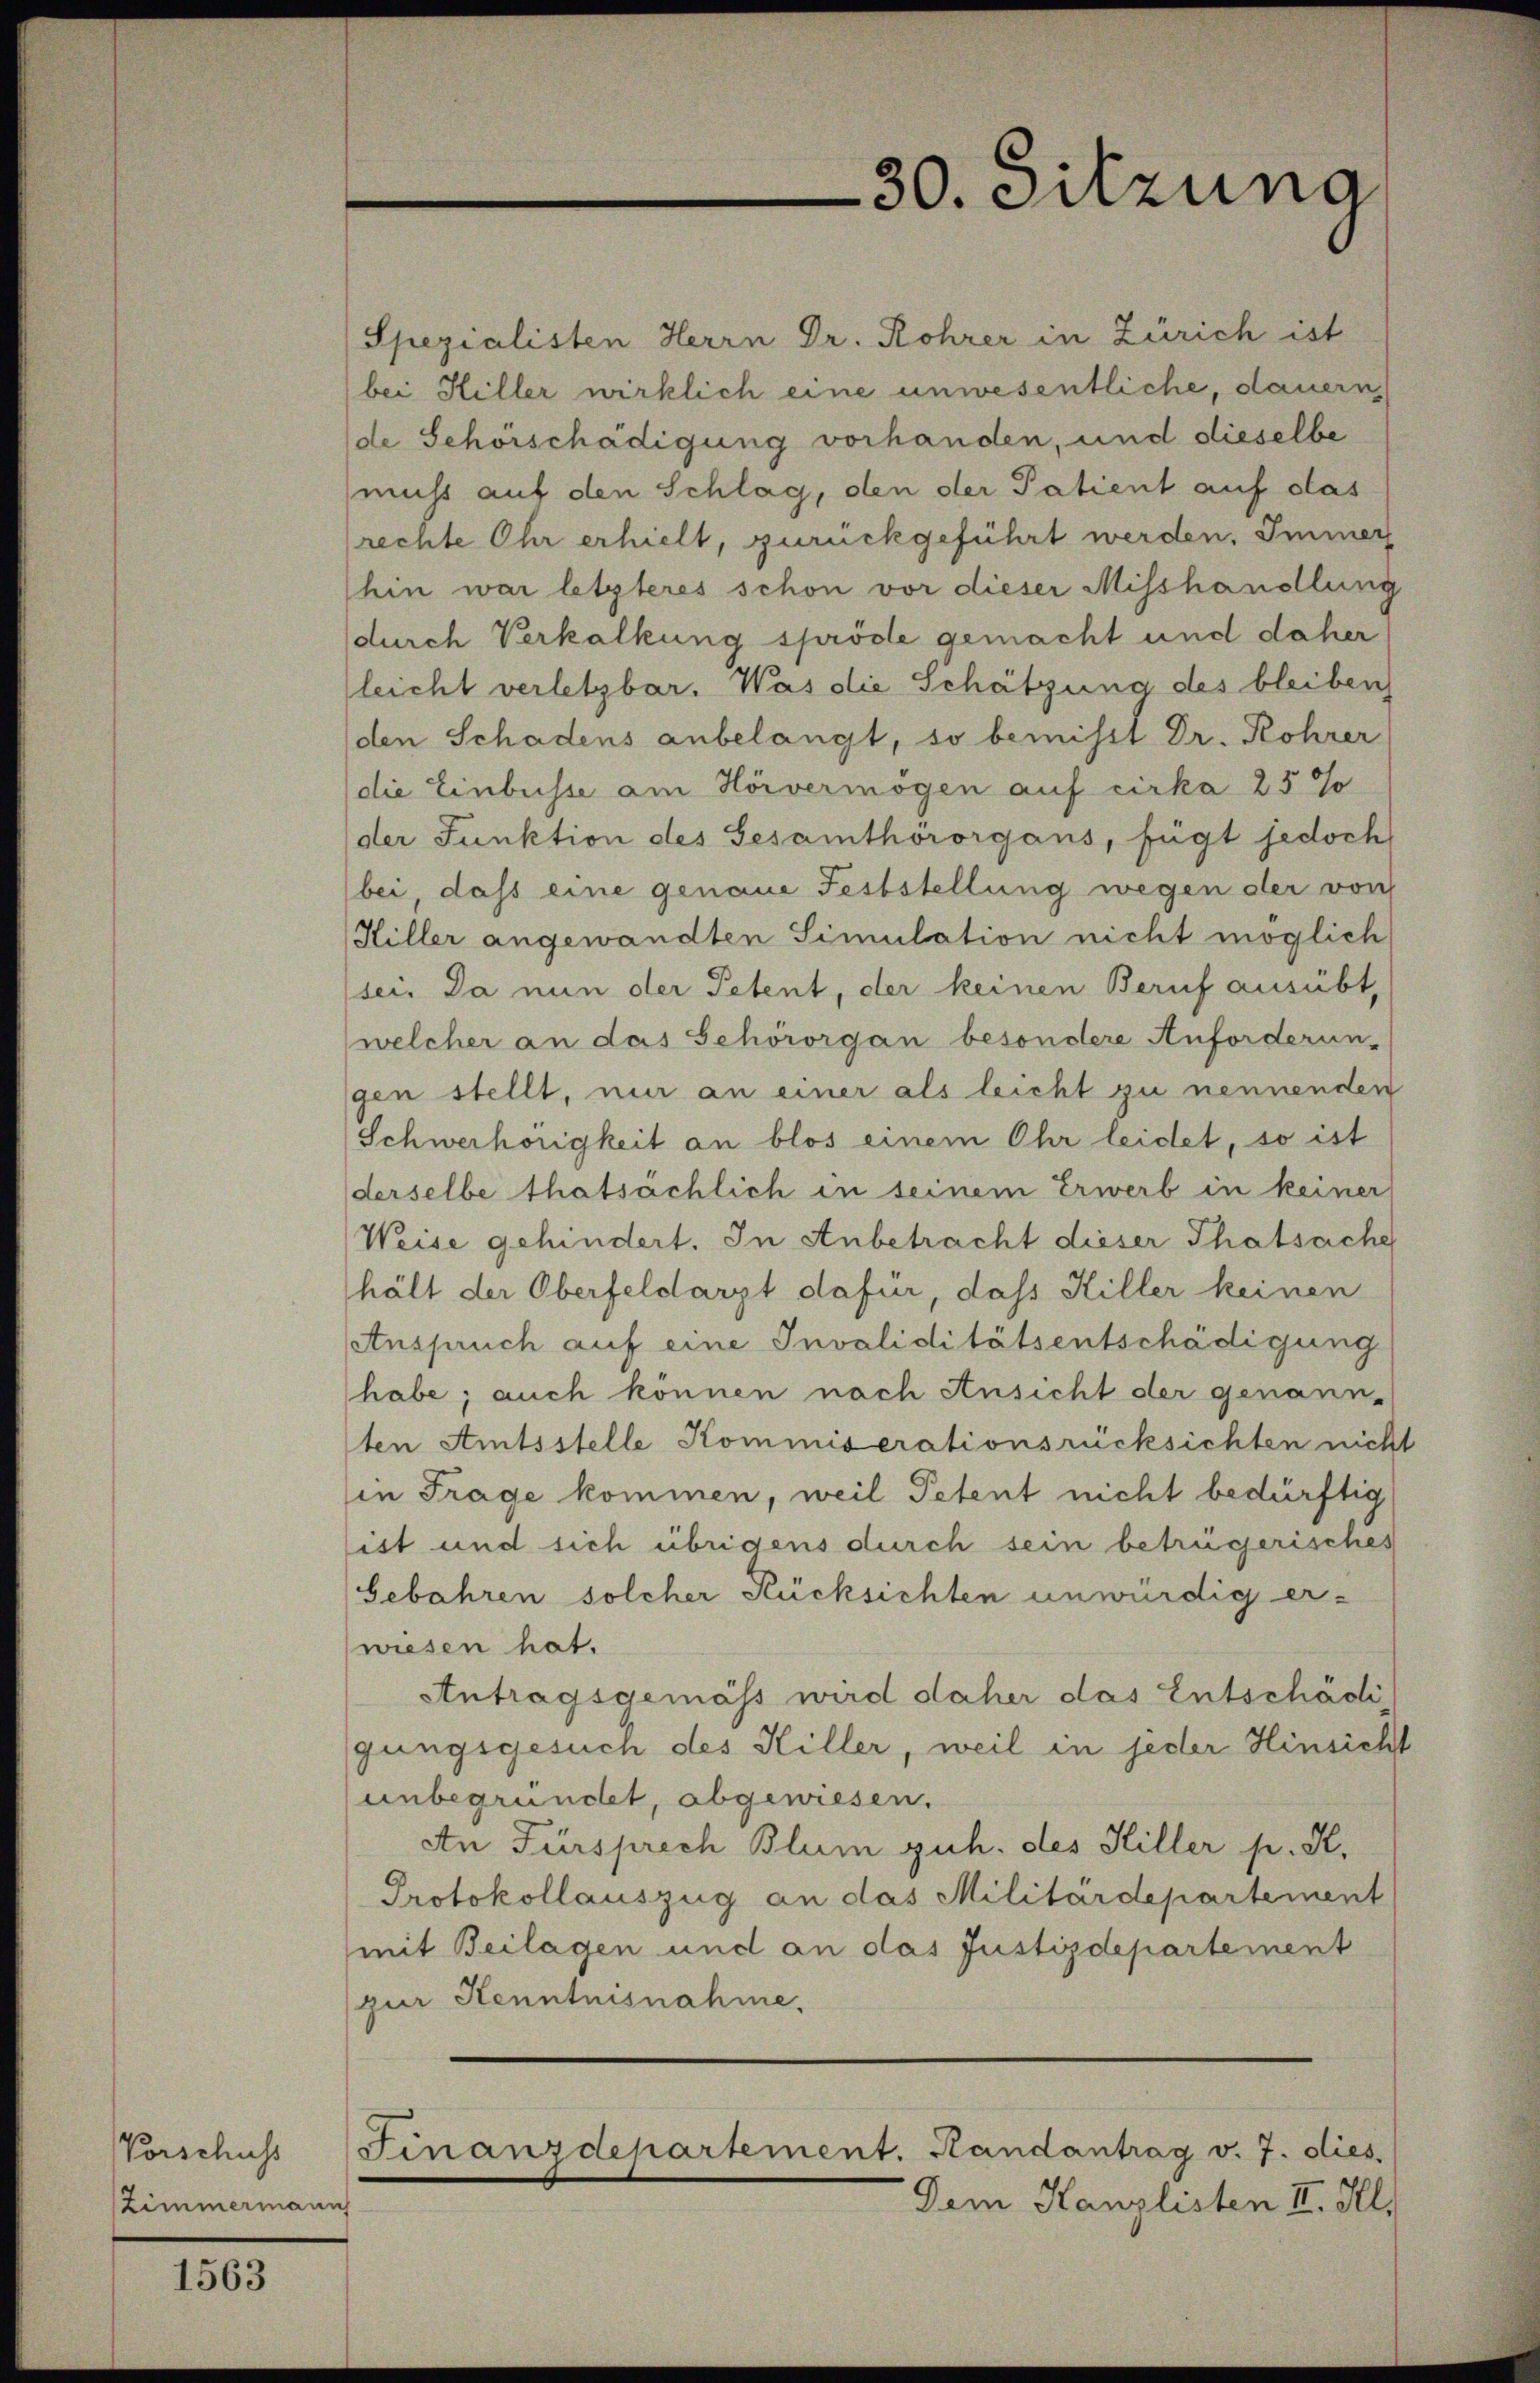
Vorschuss
Zimmermanns

1563

Spezialisten Herrn Dr. Rohrer in Zürich ist
bei Hiller wirklich eine unwesentliche, dauern,
de Schörschädigung vorhanden, und dieselbe
muss auf den Schlag, den der Patient auf das
rechte Ohr erhielt, zurückgeführt werden. Immer
hin war letzteres schon vor dieser Misshandlung
durch Verkalkung spröde gemacht und daher
leicht verletzbar. Was die Schätzung des bleiben
den Schadens anbelangt, so bemisst Dr. Rohrer
(die Einbusse am Hörvermögen auf cirka 25 %
der Funktion des Gesamthörorgans, fügt jedoch
(bei dass eine genaue Feststellung wegen der von
Hiller angewandten Simulation nicht möglich
sei. Da nun der Petent, der keinen Beruf ausübt,
(welcher an das Schörorgan besondere Anforderun-
gen stellt, nur an einer als leicht zu nennenden
Schwerhörigkeit an blos einem Ohr leidet, so ist
derselbe thatsächlich in seinem Erwerb in keiner
Weise gehindert. In Anbetracht dieser Thatsache
hält der Oberfeldarzt dafür, dass Hiller keinen
Anspruch auf eine Invaliditätsentschädigung
habe; auch können nach Ansicht der genann-
ten Amtsstelle Kommiserationsrücksichten nich
in Frage kommen, weil Petent nicht bedürftig
ist und sich übrigens durch sein betrügerisches
Gebahren solcher Rücksichten unwürdig er-
wiesen hat.
Antragsgemäss wird daher das Entschädi
gungsgesuch des Hiller, weil in jeder Hinsich
unbegründet, abgewiesen.
An Fürsprech Blum guh. des Hiller p. K.
Protokollauszug an das Militärdepartement
mit Beilagen und an das Justizdepartement
zur Kenntnisnahme.
Finanzdepartement. Handantrag v. 7. dies
Dem Kanzlisten II. Ill.

30. Sitzung